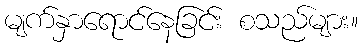
မျက်နှာရောင်နေခြင်း စသည်များ။